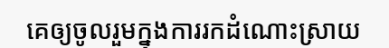
គេឲ្យចូលរួមក្នុងការរកដំណោះស្រាយ